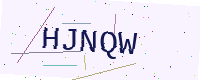
Text: HJNQW